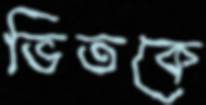
ভিতকে